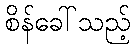
စိန်ခေါ်သည့်